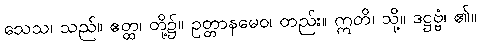
သေသ၊ သည်။ ဧတ္ထ၊ တို့၌။ ဥတ္တာနမေဝ၊ တည်း။ ဣတိ၊ သို့။ ဒဋ္ဌဗ္ဗံ၊ ၏။